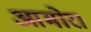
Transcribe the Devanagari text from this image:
आमोर।